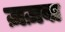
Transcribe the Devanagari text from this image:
ज़ज़बा